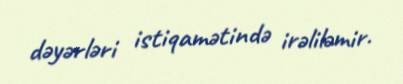
dəyərləri istiqamətində irəliləmir.